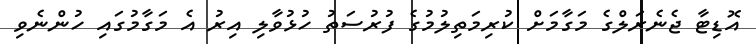
އޮޑިޓާ ޖެނެރަލްގެ މަގާމަށް ކުރިމަތިލުމުގެ ފުރުސަތު ހުޅުވާލި އިރު އެ މަގާމުގައި ހުންނެވި